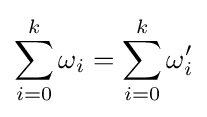
\sum _{i=0}^{k}\omega _{i}=\sum _{i=0}^{k}\omega '_{i}